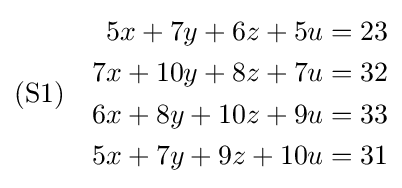
{\text{(S1)}}\quad {\begin{aligned}5x+7y+6z+5u&=23\\7x+10y+8z+7u&=32\\6x+8y+10z+9u&=33\\5x+7y+9z+10u&=31\end{aligned}}